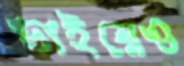
ভাইয়েও